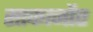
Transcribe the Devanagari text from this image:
साकानौए